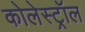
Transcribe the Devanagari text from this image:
कोलेस्‍ट्रॉल